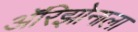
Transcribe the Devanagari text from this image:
अॅरिझोनाला